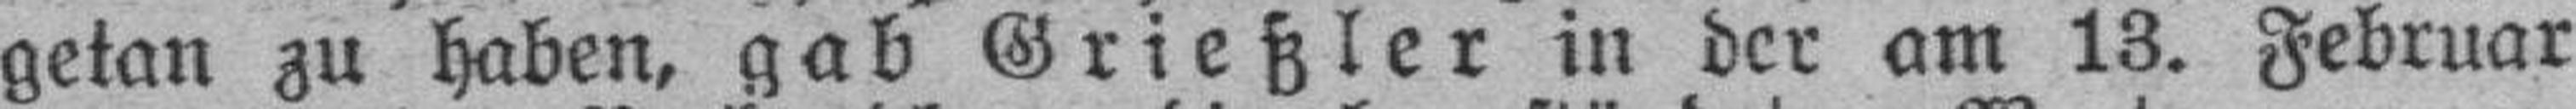
getan zu haben, gab Grießler in der am 13. Februar